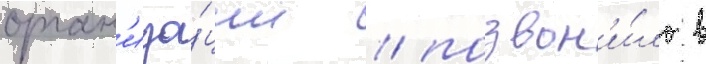
орган'иза́ции / позвон'и́ло в